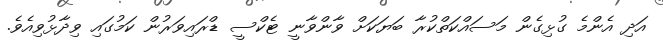
އަދި އެންމެ ގުޅިގެން މަސައްކަތްކުރާ ބަޔަކަށް ވާންވާނީ ޓެކްސީ ޑްރައިވަރުން ކަމުގައި ވިދާޅުވިއެވެ.